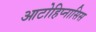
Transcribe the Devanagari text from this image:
आटोहिप्नासिस